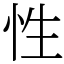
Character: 性